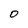
Character: 0